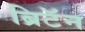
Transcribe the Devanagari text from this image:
ब्रिटॅन